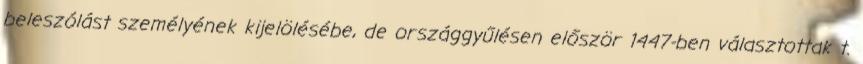
beleszólást személyének kijelölésébe, de országgyűlésen először 1447-ben választottak t.